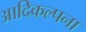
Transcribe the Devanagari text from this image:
आदिकल्पना